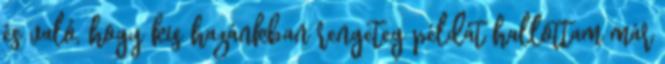
és való, hogy kis hazánkban rengeteg példát hallottam már